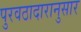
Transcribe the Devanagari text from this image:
पुरवठादारानुसार